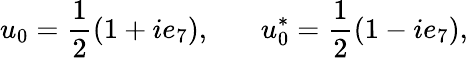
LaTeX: u_{0}=\frac{1}{2}(1+ie_{7}),~~~~~~~u_{0}^{*}=\frac{1}{2}(1-ie_{7}),